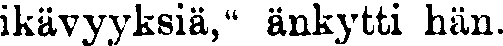
ikävyyksiä," änkytti hän.